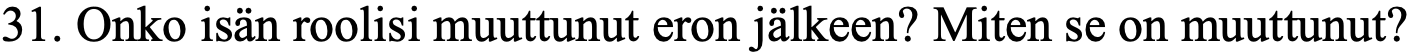
31. Onko isän roolisi muuttunut eron jälkeen? Miten se on muuttunut?